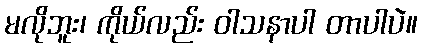
မလိုဘူး၊ ကိုယ်လည်း ဝါသနာပါ တာပါပဲ။